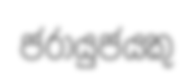
ජරායුජයකු